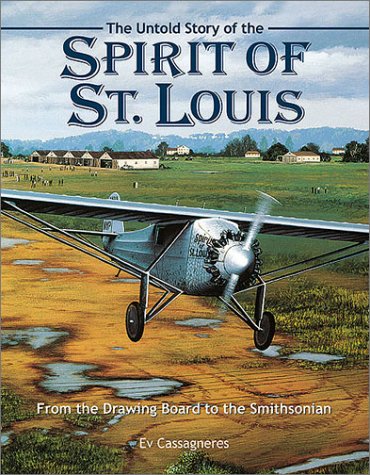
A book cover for The Untold Story of the Spirit of St. Louis; Ev Cassagneres; Travel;